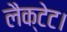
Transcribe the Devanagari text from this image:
लैक्टेट।